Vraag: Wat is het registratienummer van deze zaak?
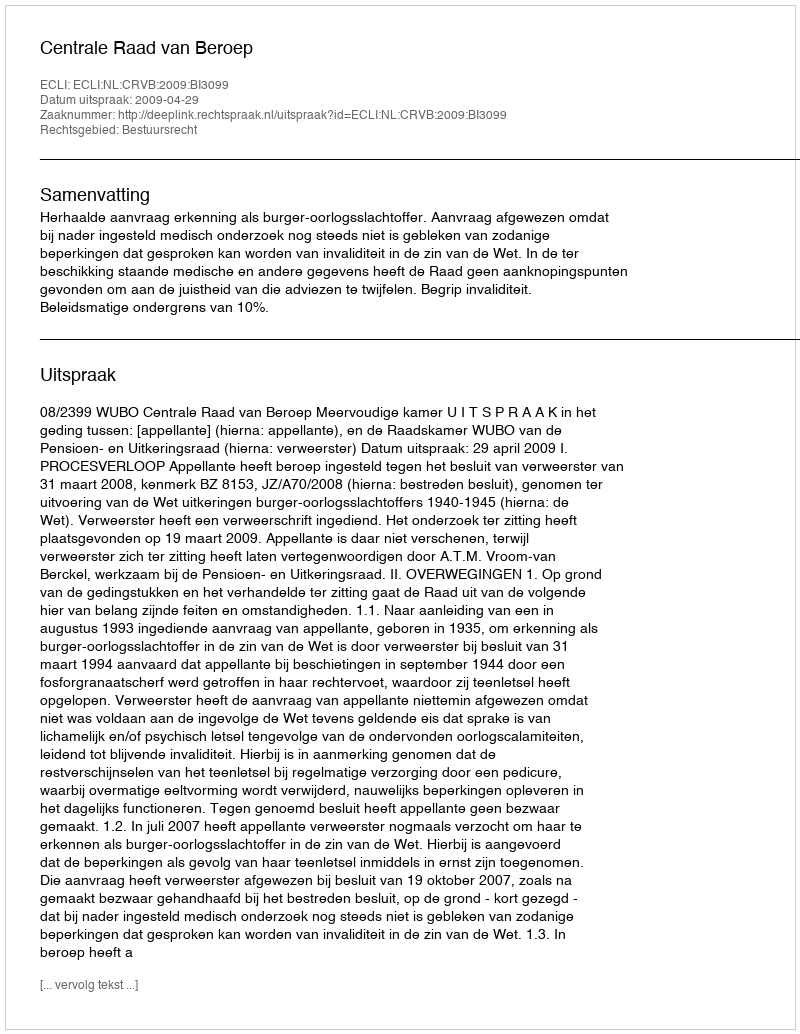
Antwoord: http://deeplink.rechtspraak.nl/uitspraak?id=ECLI:NL:CRVB:2009:BI3099